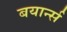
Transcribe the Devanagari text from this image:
बयार्न्स